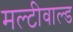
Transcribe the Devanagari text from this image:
मल्टीवाल्ड